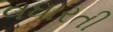
વધારતી